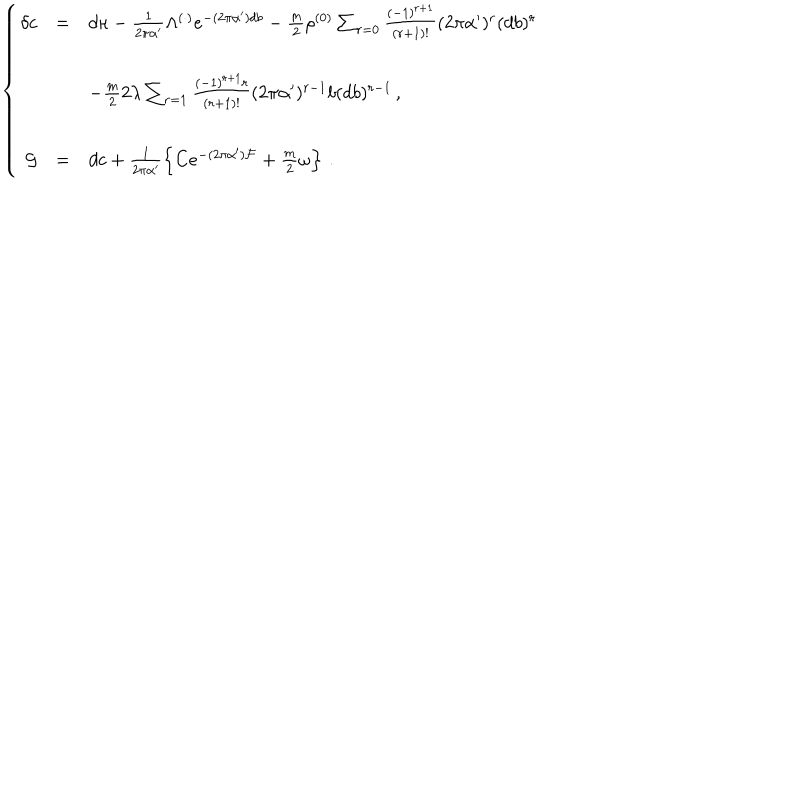
LaTeX: \left\{ \begin{array} { r c l } { { \delta c } } & { { = } } & { { d \kappa - \frac { 1 } { 2 \pi \alpha ^ { \prime } } \Lambda ^ { ( \cdot ) } e ^ { - ( 2 \pi \alpha ^ { \prime } ) d b } - \frac { m } { 2 } \rho ^ { ( 0 ) } \sum _ { r = 0 } \frac { ( - 1 ) ^ { r + 1 } } { ( r + 1 ) ! } ( 2 \pi \alpha ^ { \prime } ) ^ { r } ( d b ) ^ { r } } } \\ { { } } & { { } } & { { } } \\ { { } } & { { } } & { { - \frac { m } { 2 } 2 \lambda \sum _ { r = 1 } \frac { ( - 1 ) ^ { r + 1 } r } { ( r + 1 ) ! } ( 2 \pi \alpha ^ { \prime } ) ^ { r - 1 } b ( d b ) ^ { r - 1 } \, , } } \\ { { } } & { { } } & { { } } \\ { { { \cal G } } } & { { = } } & { { d c + \frac { 1 } { 2 \pi \alpha ^ { \prime } } \left\{ C e ^ { - ( 2 \pi \alpha ^ { \prime } ) { \cal F } } + \frac { m } { 2 } \omega \right\} \, . } } \\ \end{array} \right.